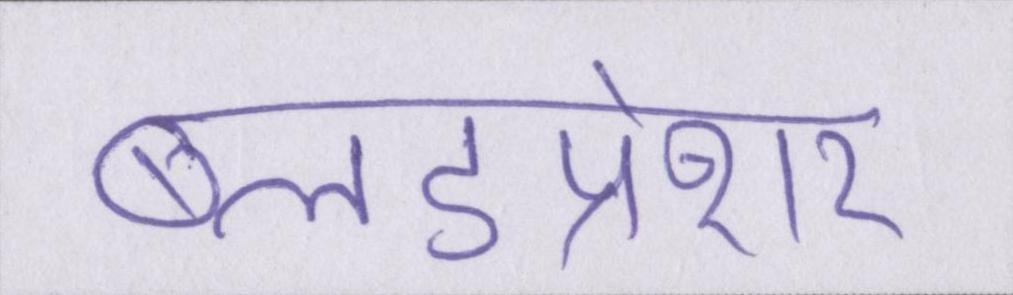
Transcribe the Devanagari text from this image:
ब्लडप्रेशर